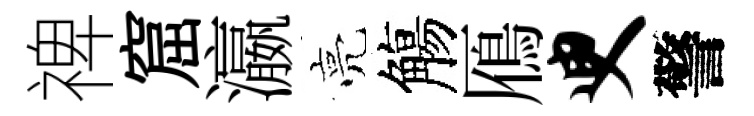
禆窟瀛亮觴鴈臾警